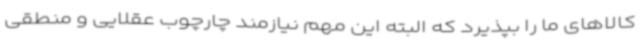
کالاهای ما را بپذیرد که البته این مهم نیازمند چارچوب عقلایی و منطقی